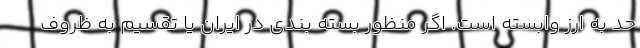
حد به ارز وابسته است. اگر منظور بسته بندی در ایران یا تقسیم به ظروف